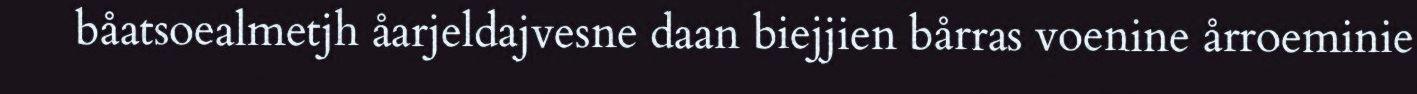
båatsoealmetjh åarjeldajvesne daan biejjien bårras voenine årroeminie